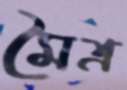
মৈত্র